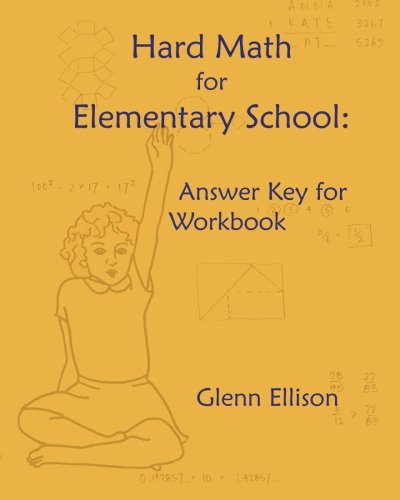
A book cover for Hard Math for Elementary School: Answer Key for Workbook; Glenn Ellison; Science & Math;